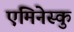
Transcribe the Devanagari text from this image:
एमिनेस्कु